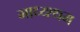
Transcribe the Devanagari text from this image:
माध्य्श्थम